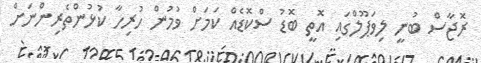
ރޮޖާސް ބުނީ ލިވަޕޫލްގައި އޮތީ ބޮޑު ސްކޮޑެއް ކަމަށް ވުމުން ހުރިހާ ކުޅުންތެރިންނަށް